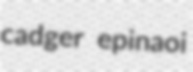
cadger epinaoi